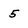
Character: 5